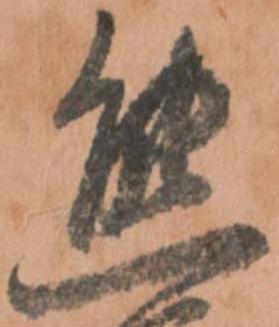
熊